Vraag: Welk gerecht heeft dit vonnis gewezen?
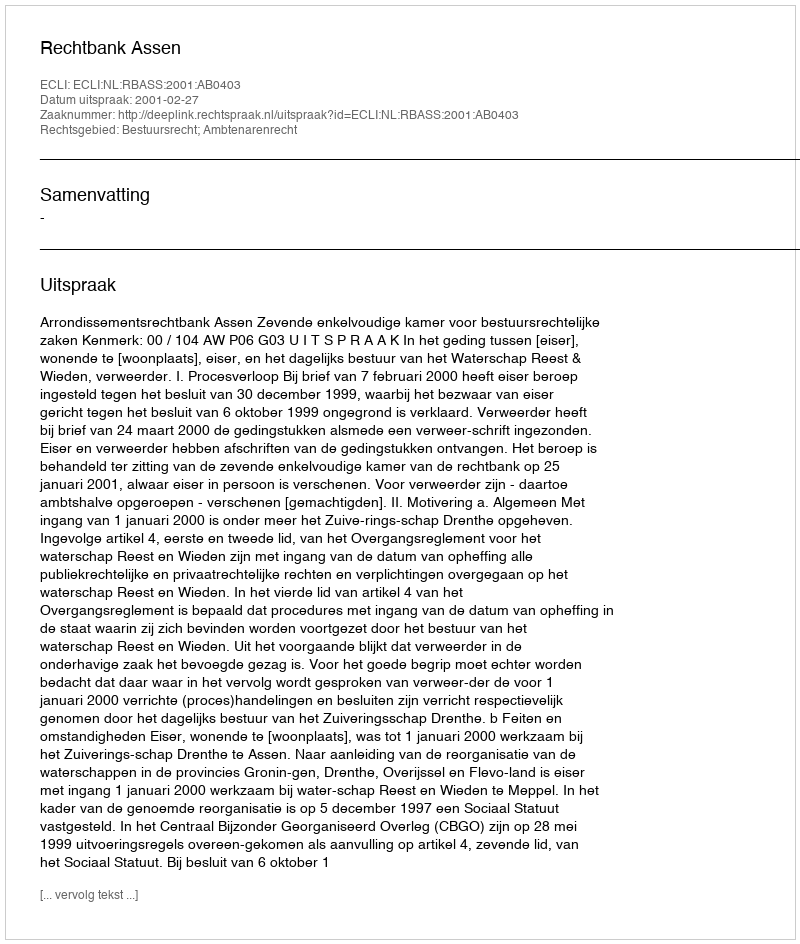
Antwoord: Rechtbank Assen